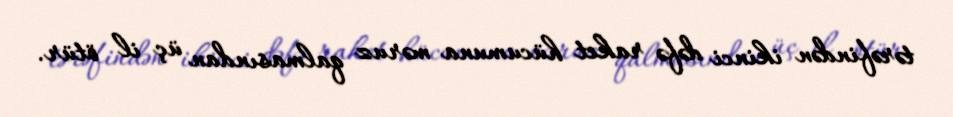
tərəfindən ikinci dəfə raket hücumuna məruz qalmasından üç il ötür.